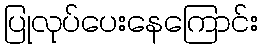
ပြုလုပ်ပေးနေကြောင်း